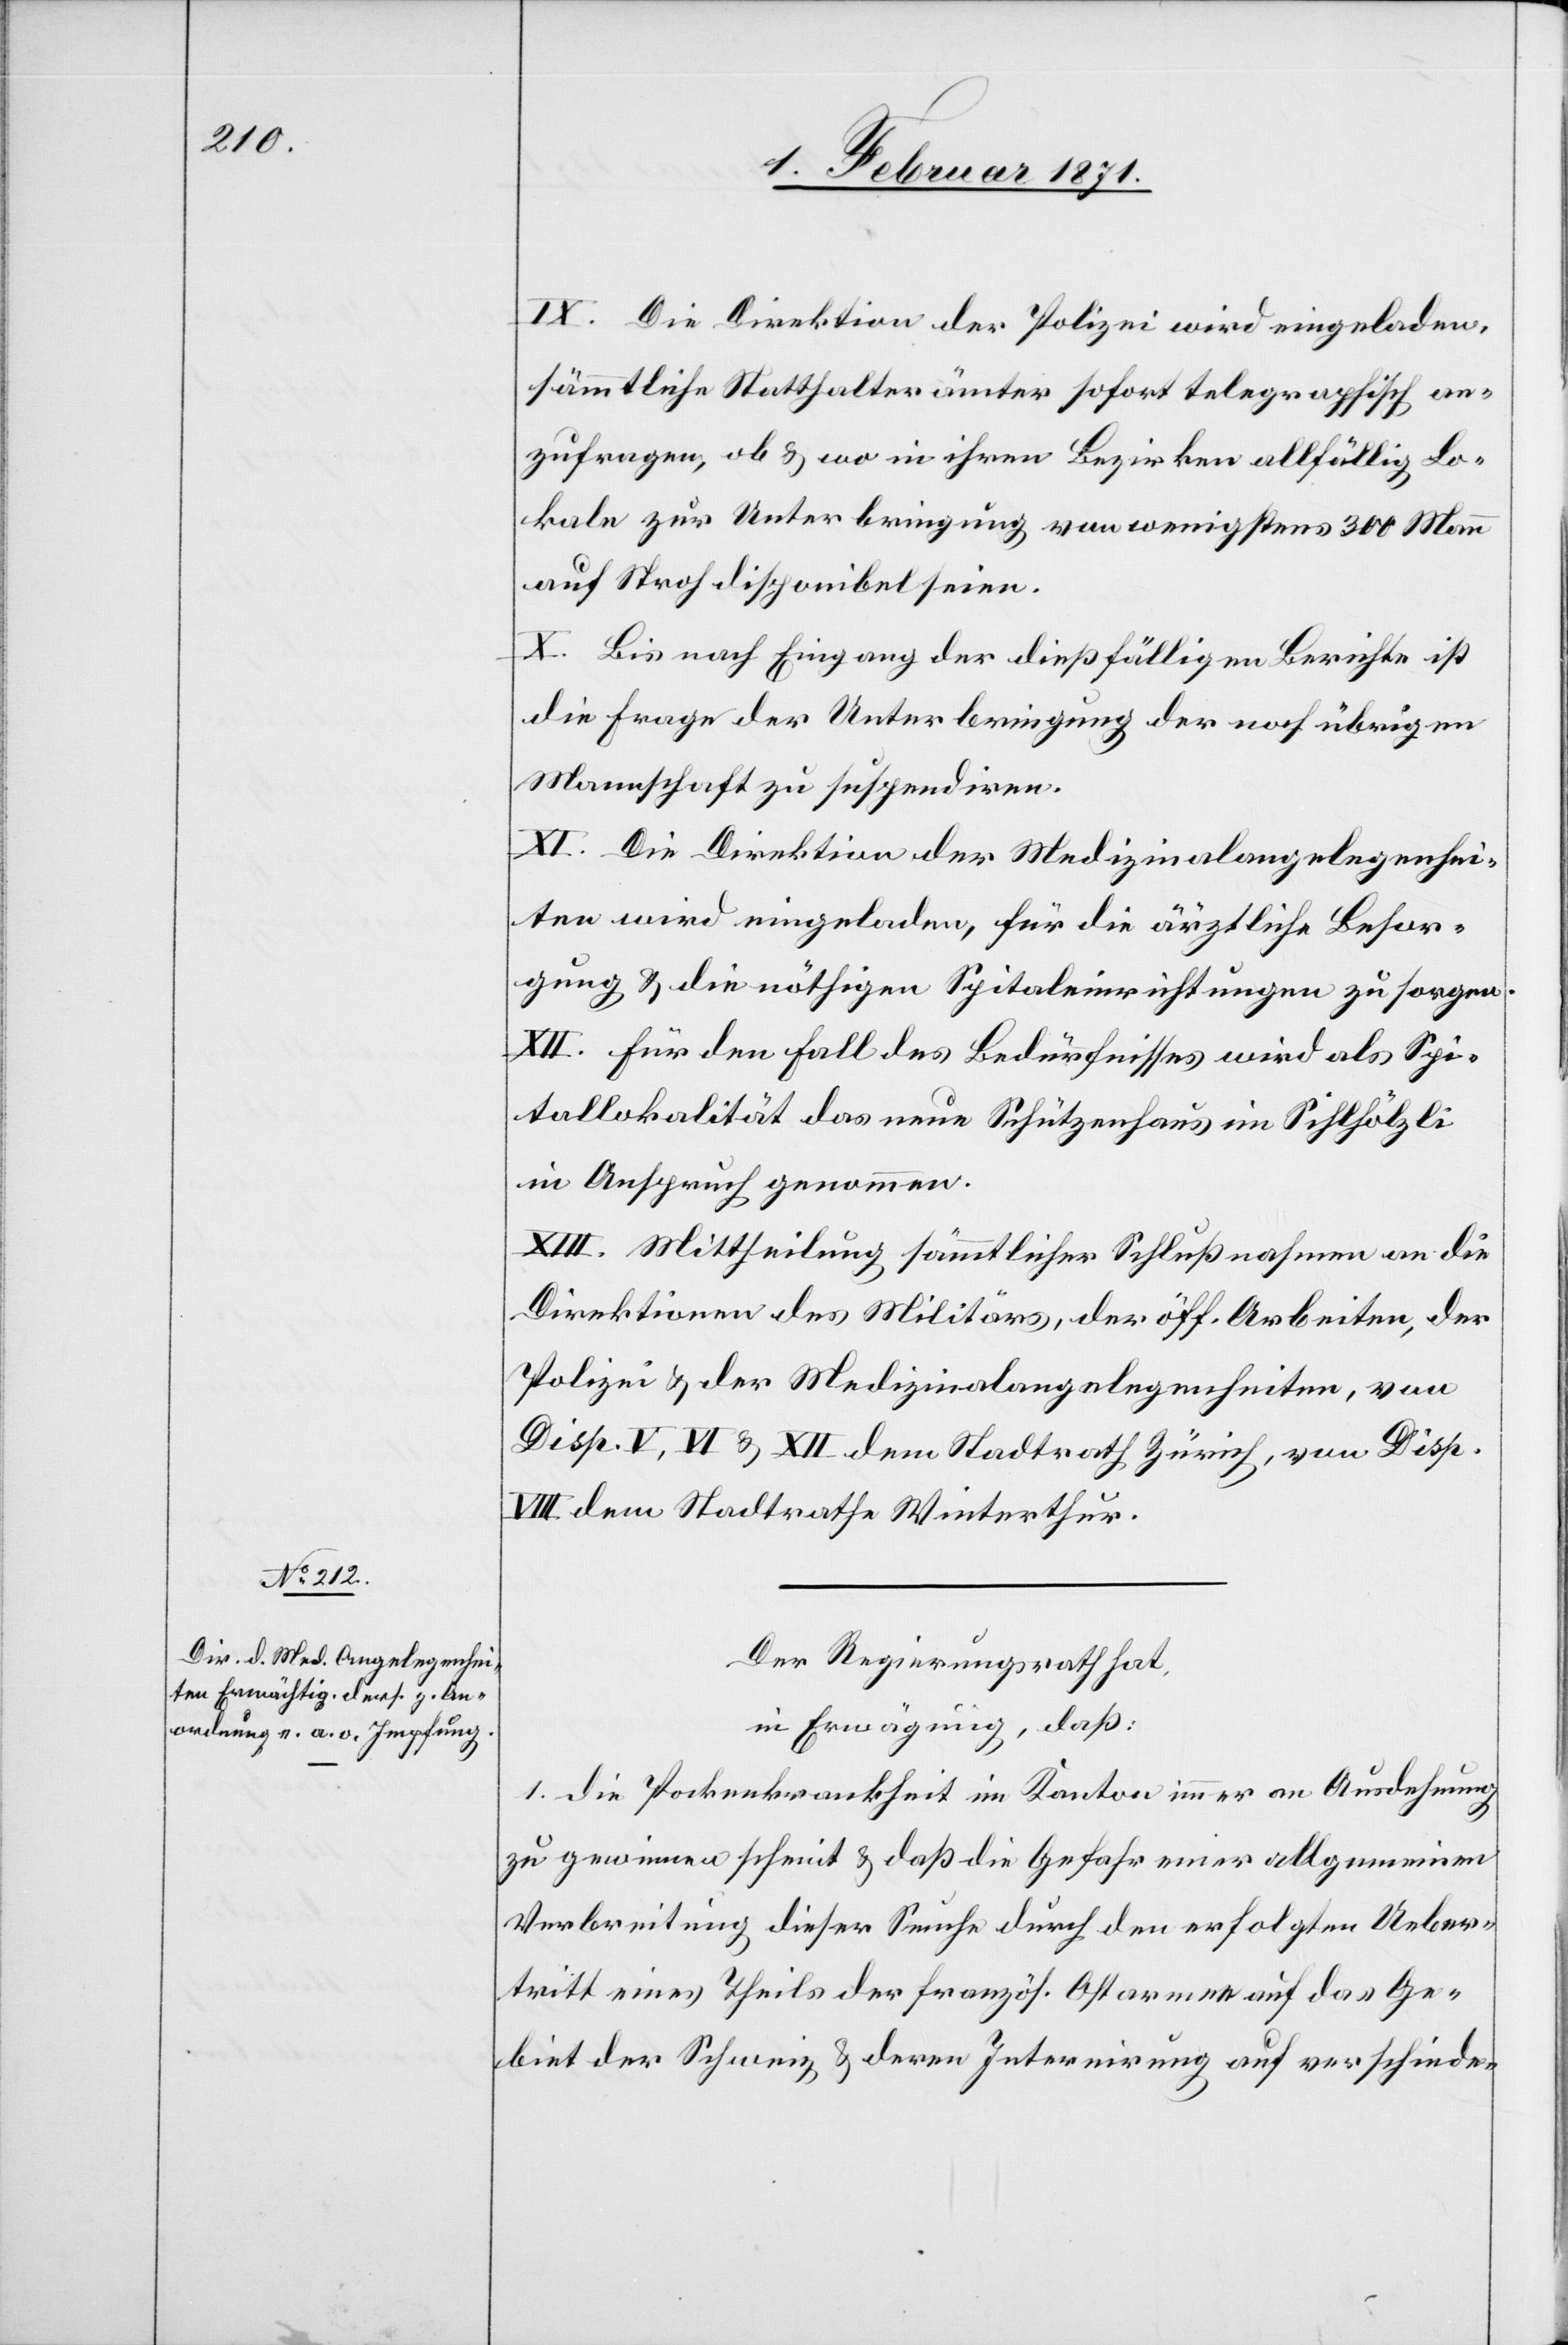
Der Regierungsrath hat,
in Erwägung, daß:
1. die Pockenkrankheit im Kanton immer an Ausdehnung
zu gewinnen scheint u. daß die Gefahr einer allgemeinen
Verbreitung dieser Seuche durch den erfolgten Ueber¬
tritt eines Theils der französ. Ostarmee auf das Ge¬
biet der Schweiz u. deren Internirung auf verschiede-